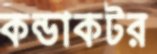
কন্ডাকটর